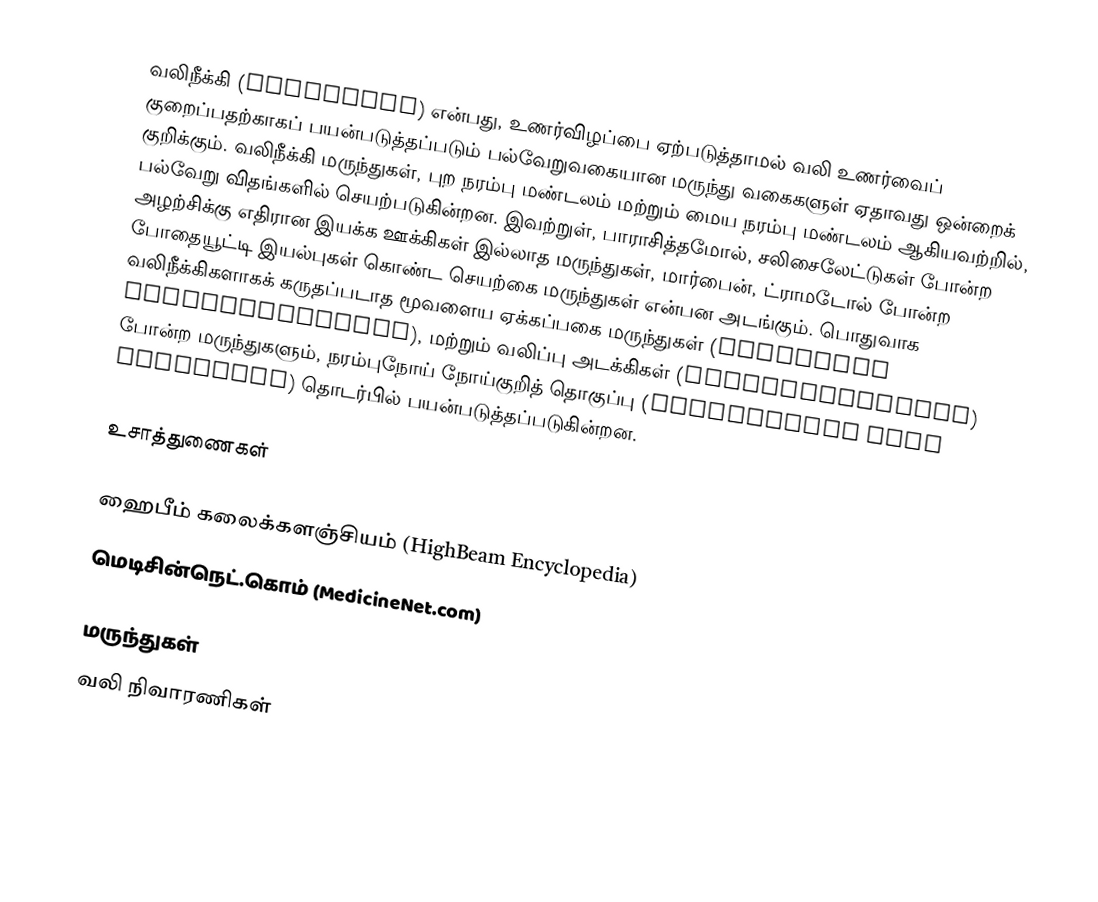
வலிநீக்கி (analgesic) என்பது, உணர்விழப்பை ஏற்படுத்தாமல் வலி உணர்வைப் குறைப்பதற்காகப் பயன்படுத்தப்படும் பல்வேறுவகையான மருந்து வகைகளுள் ஏதாவது ஒன்றைக் குறிக்கும். வலிநீக்கி மருந்துகள், புற நரம்பு மண்டலம் மற்றும் மைய நரம்பு மண்டலம் ஆகியவற்றில், பல்வேறு விதங்களில் செயற்படுகின்றன. இவற்றுள், பாராசித்தமோல், சலிசைலேட்டுகள் போன்ற அழற்சிக்கு எதிரான இயக்க ஊக்கிகள் இல்லாத மருந்துகள், மார்பைன், ட்ராமடோல் போன்ற போதையூட்டி இயல்புகள் கொண்ட செயற்கை மருந்துகள் என்பன அடங்கும். பொதுவாக வலிநீக்கிகளாகக் கருதப்படாத மூவளைய ஏக்கப்பகை மருந்துகள் (tricyclic antidepressants), மற்றும் வலிப்பு அடக்கிகள் (anticonvulsants) போன்ற மருந்துகளும், நரம்புநோய் நோய்குறித் தொகுப்பு (neuropathic pain syndromes) தொடர்பில் பயன்படுத்தப்படுகின்றன.

உசாத்துணைகள்

 ஹைபீம் கலைக்களஞ்சியம் (HighBeam Encyclopedia)
 மெடிசின்நெட்.கொம் (MedicineNet.com)

மருந்துகள்
வலி நிவாரணிகள்